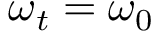
\boldsymbol { \omega } _ { t } = \boldsymbol { \omega } _ { 0 }